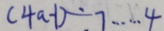
( 4 a - 1 ) \div 7 \cdots 4